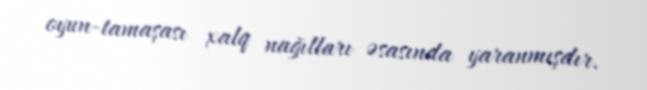
oyun-tamaşası xalq nağılları əsasında yaranmışdır.